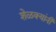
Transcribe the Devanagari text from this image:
शेळक्यांनी